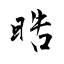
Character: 晧